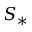
S _ { * }